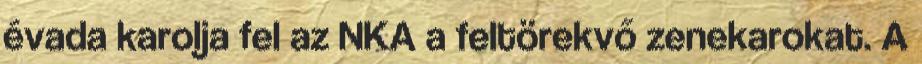
évada karolja fel az NKA a feltörekvő zenekarokat. A